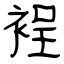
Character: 裎